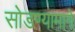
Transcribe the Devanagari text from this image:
सोडण्यामागे